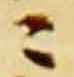
ニ